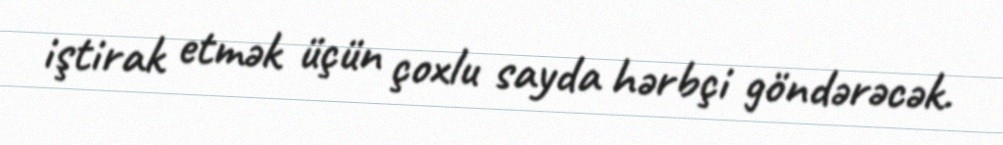
iştirak etmək üçün çoxlu sayda hərbçi göndərəcək.